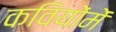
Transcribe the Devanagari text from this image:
कवियोंमें